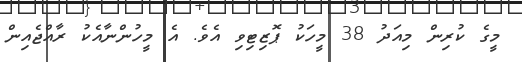
މީގެ ކުރިން މިއަދު 38 މީހަކު ޕޮޒިޓިވިި އެވެ. އެ މީހުންނާއެކު ރާއްޖެއިން